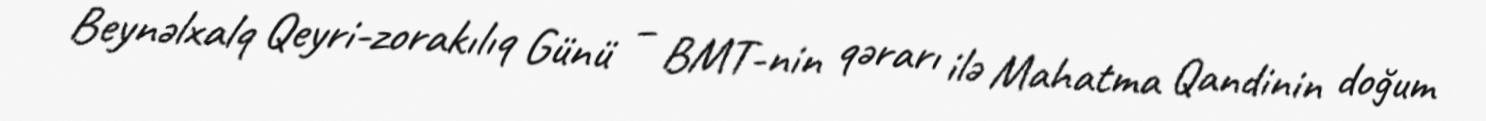
Beynəlxalq Qeyri-zorakılıq Günü – BMT-nin qərarı ilə Mahatma Qandinin doğum